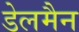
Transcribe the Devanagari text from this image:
डेलमैन